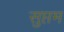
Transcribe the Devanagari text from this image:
सुप्तम